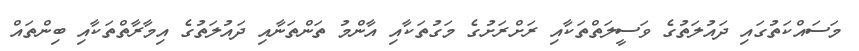
މަސައްކަތުގައި ދައުލަތުގެ ވަސީލަތްތަކާއި ރަށްރަށުގެ މަގުތަކާއި އާންމު ތަންތަނާއި ދައުލަތުގެ އިމާރާތްތަކާއި ބިންތައް